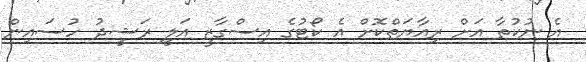
އެ ނުކުތާ އަށް ރިއާޔަތްކޮށް އެ ކޯޓުގެ އިސްގާޒީ އަލީ ރަޝީދު ހުސައިން